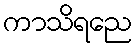
ကာသိရညေ